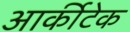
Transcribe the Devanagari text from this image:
आर्कीटेक